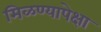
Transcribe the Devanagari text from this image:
मिळण्यापेक्षा